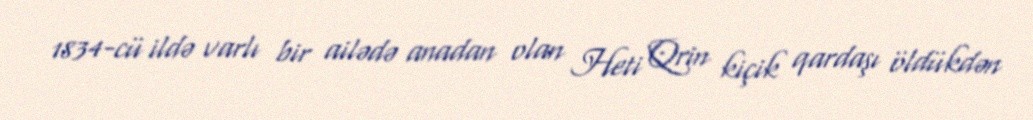
1834-cü ildə varlı bir ailədə anadan olan Heti Qrin kiçik qardaşı öldükdən